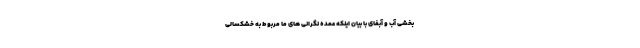
بخشی آب و آبفای با بیان اینکه عمده نگرانی های ما مربوط به خشکسالی